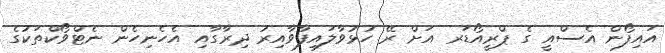
އައިފޯން އެސްއީ ގެ ޕްރީއޯޑަރ އަށް ރޭ ހުޅުވާލައިފާވާއިރު ދިރާގާއި އެހެނިހެން ނެޓްވޯކްތަކުގެ